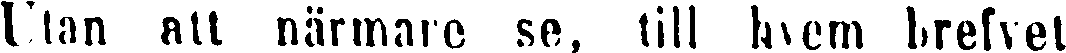
Utan att närmare se, till hvem brefvet